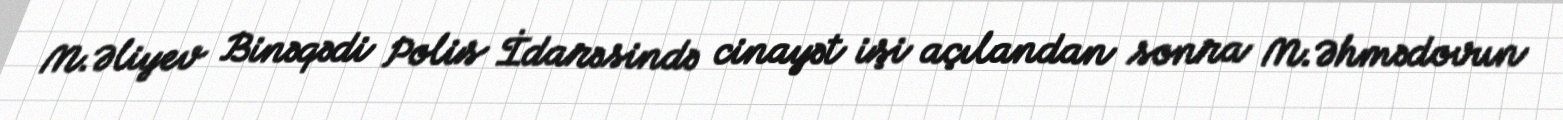
M.Əliyev Binəqədi Polis İdarəsində cinayət işi açılandan sonra M.Əhmədovun